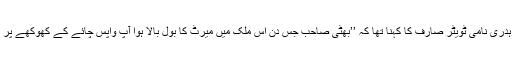
جاوید چوہدری نامی ٹویٹر صارف کا کہنا تھا کہ ’’بھٹی صاحب جس دن اس ملک میں میرٹ کا بول بالا ہوا آپ واپس چائے کے کھوکھے پر ہونگے‘‘۔